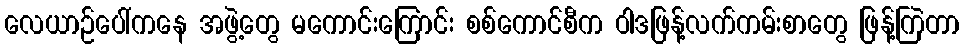
လေယာဉ်ပေါ်ကနေ အဖွဲ့တွေ မကောင်းကြောင်း စစ်ကောင်စီက ဝါဒဖြန့်လက်ကမ်းစာတွေ ဖြန့်ကြဲတာ